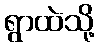
ရွာထဲသို့